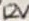
Text: 12V